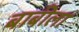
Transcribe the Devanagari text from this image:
बाबीला